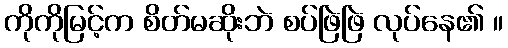
ကိုကိုမြင့်က စိတ်မဆိုးဘဲ စပ်ဖြဲဖြဲ လုပ်နေ၏ ။